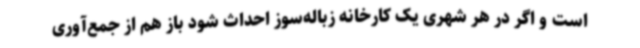
است و اگر در هر شهری یک کارخانه زباله‌سوز احداث شود باز هم از جمع‌آوری